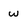
Character: W